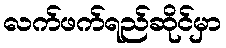
လက်ဖက်ရည်ဆိုင်မှာ